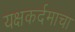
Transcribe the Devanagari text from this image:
यक्षकर्दमाचा